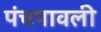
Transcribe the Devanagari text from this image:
पंचपावली